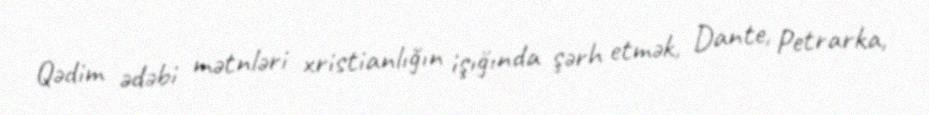
Qədim ədəbi mətnləri xristianlığın işığında şərh etmək, Dante, Petrarka,